Problem: 42 + 22 = ?
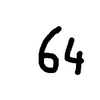
Handwritten answer: 64